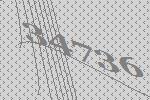
34736